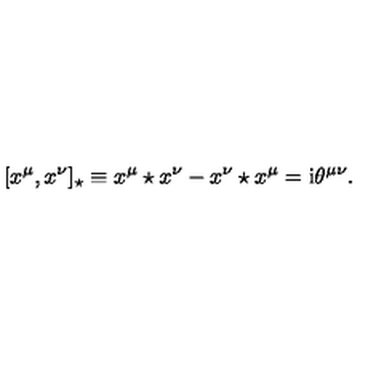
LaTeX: [ x ^ { \mu } , x ^ { \nu } ] _ { \star } \equiv x ^ { \mu } \star x ^ { \nu } - x ^ { \nu } \star x ^ { \mu } = \mathrm { i } \theta ^ { \mu \nu } .